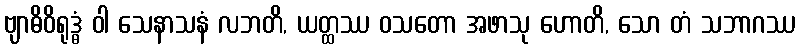
ဗျာဓိဝိရုဒ္ဓံ ဝါ သေနာသနံ လဘတိ, ယတ္ထဿ ဝသတော အဖာသု ဟောတိ, သော တံ သဘာဂဿ